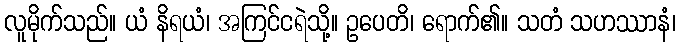
လူမိုက်သည်။ ယံ နိရယံ၊ အကြင်ငရဲသို့။ ဥပေတိ၊ ရောက်၏။ သတံ သဟဿာနံ၊